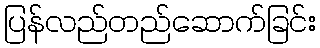
ပြန်လည်တည်ဆောက်ခြင်း